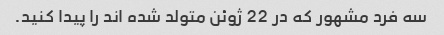
سه فرد مشهور که در 22 ژوئن متولد شده اند را پیدا کنید.